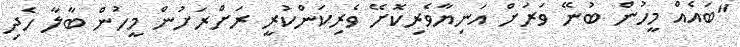
"ބައެއް މީހުން ބުނޭ ވަރަށް އަނިޔާވެރިކޮށޭ ވެރިކަންކުރީ ރަށްރަށުން މީހުން ބާލާ ހެދި